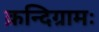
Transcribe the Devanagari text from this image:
क्रन्दिग्रामः